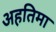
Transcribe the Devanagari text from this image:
अहतिमा